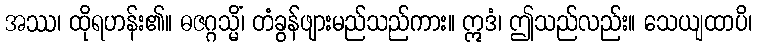
အဿ၊ ထိုရဟန်း၏။ ဓဇဂ္ဂသ္မိံ၊ တံခွန်ဖျားမည်သည်ကား။ ဣဒံ၊ ဤသည်လည်း။ သေယျထာပိ၊